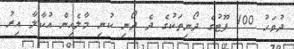
ދުވަހު 100 ފޫޓުގެ ދޯނިތަކުގެ ދެ ދޯނި ކުނި މާލެއިން އުކާލާ އިރު